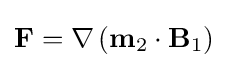
\mathbf {F} =\nabla \left(\mathbf {m} _{2}\cdot \mathbf {B} _{1}\right)